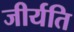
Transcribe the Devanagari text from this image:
जीर्यति